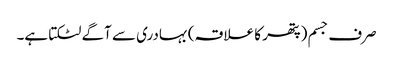
صرف جسم (پتھر کا علاقہ) بہادری سے آگے لٹکتا ہے۔